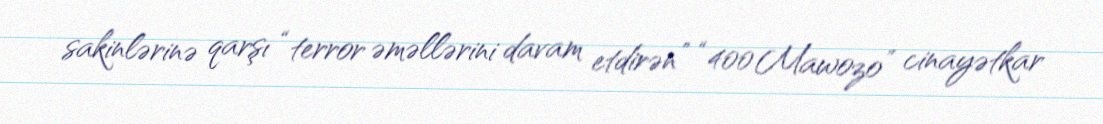
sakinlərinə qarşı “terror əməllərini davam etdirən” “400 Mawozo” cinayətkar